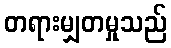
တရားမျှတမှုသည်